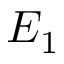
E _ { 1 }